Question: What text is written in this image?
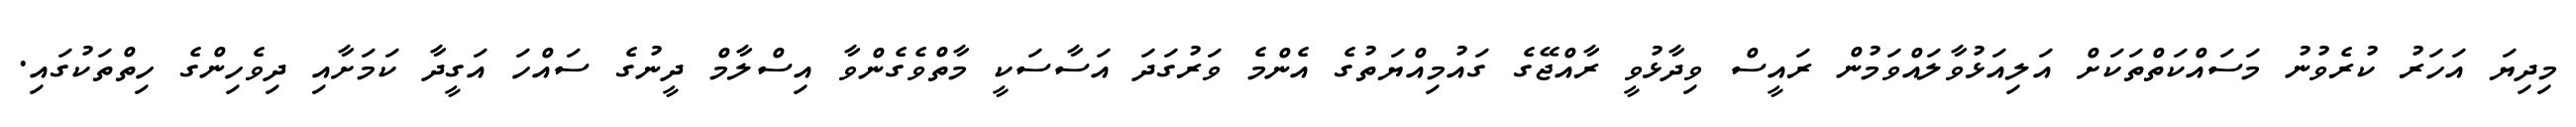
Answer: މިދިޔަ އަހަރު ކުރެވުނު މަސައްކަތްތަކަށް އަލިއަޅުވާލައްވަމުން ރައީސް ވިދާޅުވީ ރާއްޖޭގެ ގައުމިއްޔަތުގެ އެންމެ ވަރުގަދަ އަސާސަކީ މާތްވެގެންވާ އިސްލާމް ދީނުގެ ސައްހަ އަގީދާ ކަމަށާއި ދިވެހިންގެ ހިތްތަކުގައި.